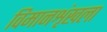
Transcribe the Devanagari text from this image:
विमानशृंखला